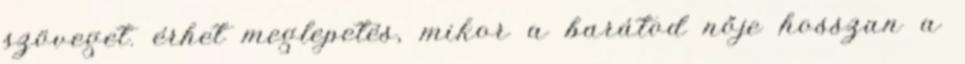
szöveget. érhet meglepetés, mikor a barátod nője hosszan a